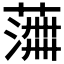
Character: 𫉰